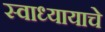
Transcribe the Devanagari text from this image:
स्वाध्यायाचे